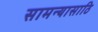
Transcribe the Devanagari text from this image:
सामन्यासाठि